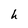
Character: h